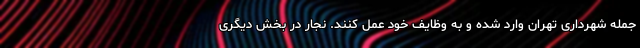
جمله شهرداری تهران وارد شده و به وظایف خود عمل کنند. نجار در بخش دیگری